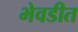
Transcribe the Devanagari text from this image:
भेवडीत